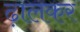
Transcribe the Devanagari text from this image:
ढ़ालकर